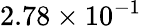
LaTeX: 2.78\times 10^{-1}